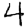
Digit: 4